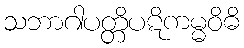
သဘာဂါပတ္တိပဋိကမ္မဝိဓိ